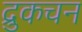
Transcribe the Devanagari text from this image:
द्रुकचन